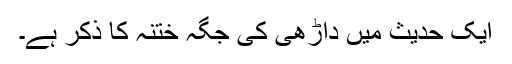
ایک حدیث میں داڑھی کی جگہ ختنہ کا ذکر ہے۔